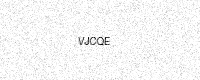
Text: VJCQE